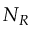
N _ { R }